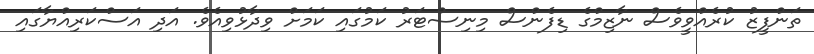
ތަންފީޒު ކުރެއްވީވެސް ނާޒިމްގެ ޑިފެންސް މިނިސްޓަރު ކަމުގައި ކަމަށް ވިދާޅުވިއެވެ. އަދި އަސްކަރިއްޔާގައި